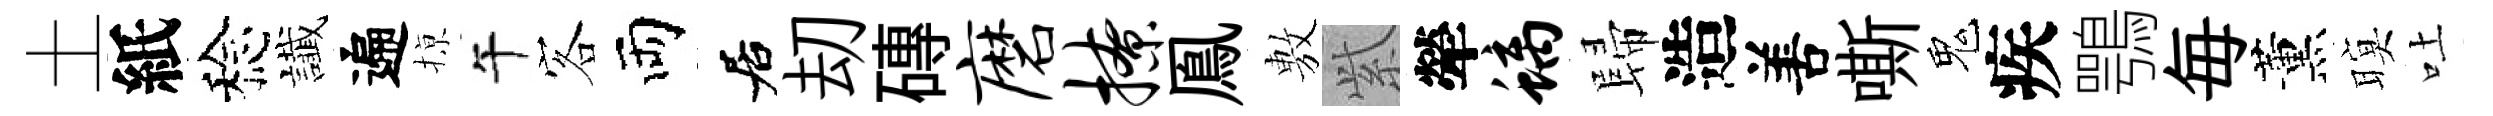
土紙稔䜟遍𢱊午客両居刧磚磨撩鳯𢾾𬗋犖螭歸造𠵊嘶鬼疾鶚毎薰暝吐